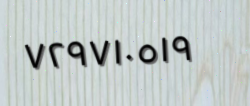
٧٢٩٧١٠٥١٩